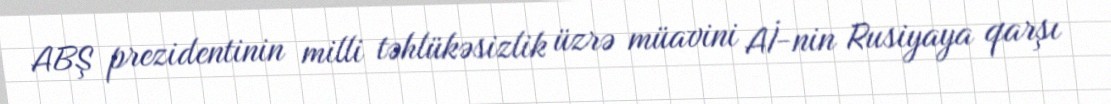
ABŞ prezidentinin milli təhlükəsizlik üzrə müavini Aİ-nin Rusiyaya qarşı